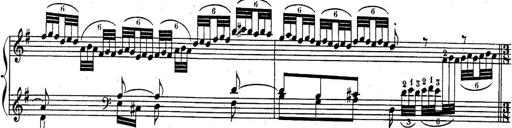
Title: Sonatina for Piano
Composer: BÃ©la BartÃ³k